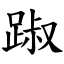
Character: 踧